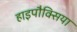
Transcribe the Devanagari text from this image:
हाइपौक्सिया